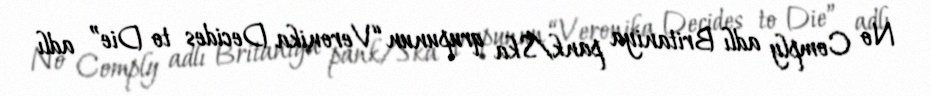
No Comply adlı Britaniya pank/Ska qrupunun “Veronika Decides to Die” adlı